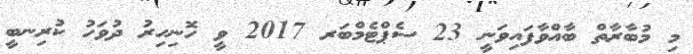
މި މުބާރާތް ބާއްވާފައިވަނީ 23 ސެޕްޓެމްބަރ 2017 ވީ ހޮނިހިރު ދުވަހު ކުރިނބީ